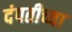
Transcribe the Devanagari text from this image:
दंपतीच्या